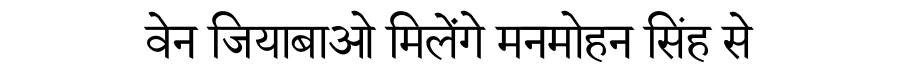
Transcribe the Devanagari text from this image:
वेन जियाबाओ मिलेंगे मनमोहन सिंह से